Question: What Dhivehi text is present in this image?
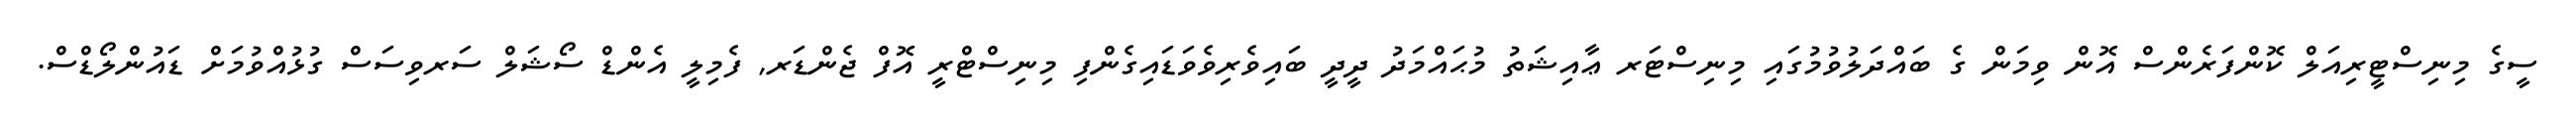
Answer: ސީގެ މިނިސްޓީރިއަލް ކޮންފަރެންސް އޮން ވިމަން ގެ ބައްދަލުވުމުގައި މިނިސްޓަރ ޢާއިޝަތު މުޙައްމަދު ދީދީ ބައިވެރިވެވަޑައިގެންފި މިނިސްޓްރީ އޮފް ޖެންޑަރ, ފެމިލީ އެންޑް ސޯޝަލް ސަރވިސަސް ގުޅުއްވުމަށް ޑައުންލޯޑްސް.